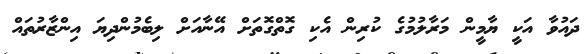
ދައުވާ އަކީ ޔާމީން މަރާލުމުގެ ކުރިން އެކި ގޮތްގޮތަށް އޭނާއަށް ލިބެމުންދިޔަ އިންޒާރުތައް